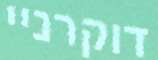
דוקרניי